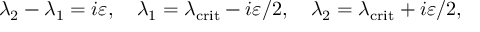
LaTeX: \lambda _ { 2 } - \lambda _ { 1 } = i \varepsilon , \quad \lambda _ { 1 } = \lambda _ { \mathrm { c r i t } } - i \varepsilon / 2 , \quad \lambda _ { 2 } = \lambda _ { \mathrm { c r i t } } + i \varepsilon / 2 ,